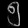
Digit: ၅